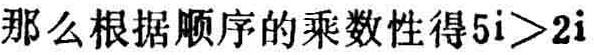
那么根据顺序的乘数性得\(5i>2i\)